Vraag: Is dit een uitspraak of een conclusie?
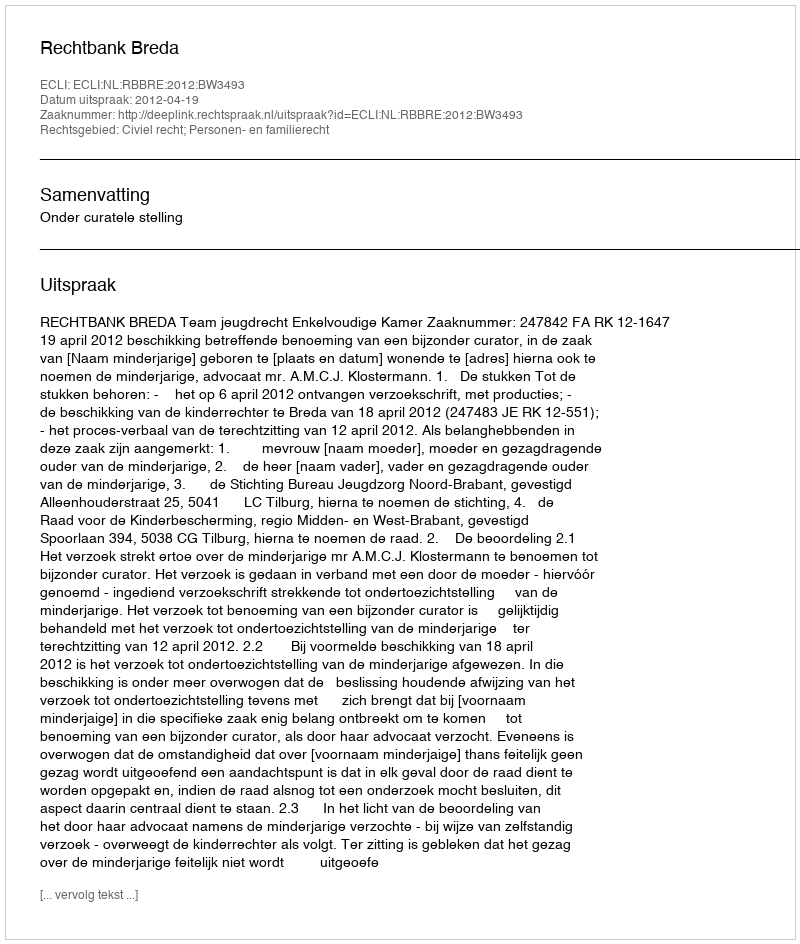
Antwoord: Uitspraak